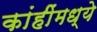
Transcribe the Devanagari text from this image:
कांहींमध्ये